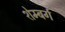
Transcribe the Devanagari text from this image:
शेम्बर्ग